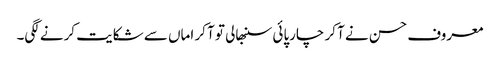
معروف حسن نے آ کر چارپائی سنبھالی تو آ کر اماں سے شکایت کرنے لگی۔